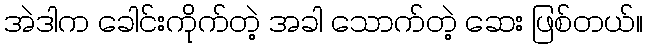
အဲဒါက ခေါင်းကိုက်တဲ့ အခါ သောက်တဲ့ ဆေး ဖြစ်တယ်။